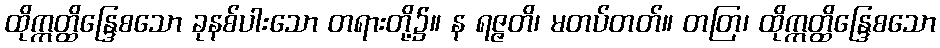
ထိုဣတ္ထိန္ဒြေစသော ခုနစ်ပါးသော တရားတို့၌။ န ရဇ္ဇတိ၊ မတပ်တတ်။ တတြ၊ ထိုဣတ္ထိန္ဒြေစသော